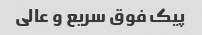
پیک فوق سریع و عالی